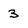
Character: 3